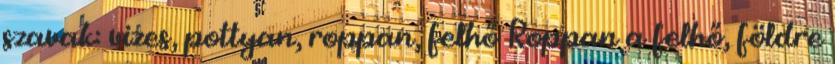
szavak: vizes, pottyan, roppan, felhő Roppan a felhő, földre